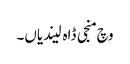
وچ منجی ڈاہ لیندیاں۔